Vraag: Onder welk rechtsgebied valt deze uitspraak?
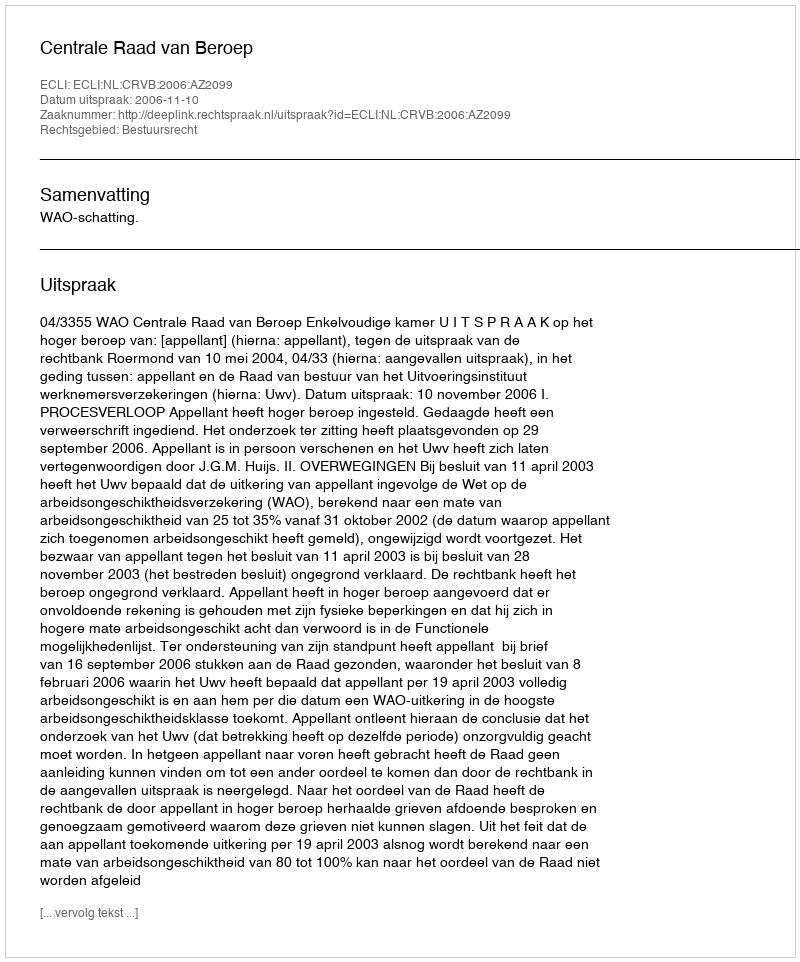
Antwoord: Bestuursrecht